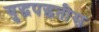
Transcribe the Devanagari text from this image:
युद्धपद्धतीस